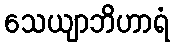
သေယျာဘိဟာရံ